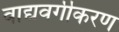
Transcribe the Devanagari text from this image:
वाद्यवर्गीकरण